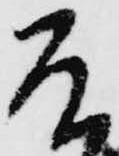
そ